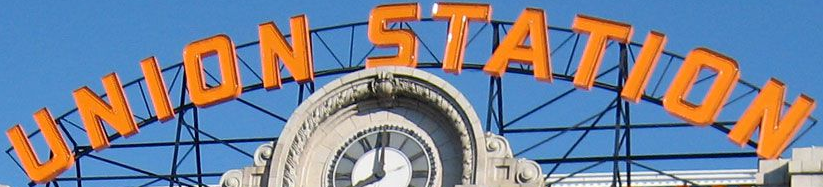
UNION STATION